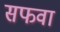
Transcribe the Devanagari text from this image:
सफवा